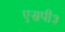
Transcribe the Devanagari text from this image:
एसपी३